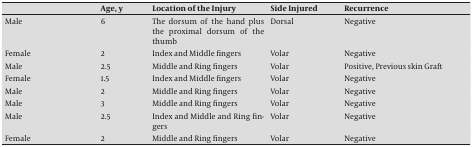
<table><thead><tr><td></td><td><b>Age, y</b></td><td><b>Location of the Injury</b></td><td><b>Side Injured</b></td><td><b>Recurrence</b></td></tr></thead><tbody><tr><td>Male</td><td>6</td><td>The dorsum of the hand plus the proximal dorsum of the thumb</td><td>Dorsal</td><td>Negative</td></tr><tr><td>Female</td><td>2</td><td>Index and Middle fingers</td><td>Volar</td><td>Negative</td></tr><tr><td>Male</td><td>2.5</td><td>Middle and Ring fingers</td><td>Volar</td><td>Positive, Previous skin Graft</td></tr><tr><td>Female</td><td>1.5</td><td>Index and Middle fingers</td><td>Volar</td><td>Negative</td></tr><tr><td>Male</td><td>2</td><td>Middle and Ring fingers</td><td>Volar</td><td>Negative</td></tr><tr><td>Male</td><td>3</td><td>Middle and Ring fingers</td><td>Volar</td><td>Negative</td></tr><tr><td>Male</td><td>2.5</td><td>Index and Middle and Ring fingers</td><td>Volar</td><td>Negative</td></tr><tr><td>Female</td><td>2</td><td>Middle and Ring fingers</td><td>Volar</td><td>Negative</td></tr></tbody></table>